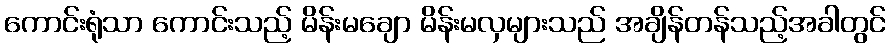
ကောင်းရုံသာ ကောင်းသည့် မိန်းမချော မိန်းမလှများသည် အချိန်တန်သည့်အခါတွင်